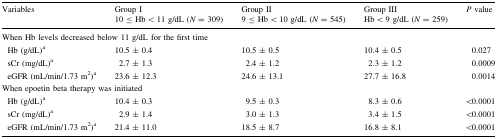
| <ROWSPAN=2> Variables | Group I | Group II | Group III | <ROWSPAN=2> P value |
 | 10 ≤ Hb < 11 g/dL (N = 309) | 9 ≤ Hb < 10 g/dL (N = 545) | Hb < 9 g/dL (N = 259) |
 | --- | --- | --- | --- | --- |
 | <COLSPAN=5> When Hb levels decreased below 11 g/dL for the first time |
 | Hb (g/dL)a | 10.5 ± 0.4 | 10.5 ± 0.5 | 10.4 ± 0.5 | 0.027 |
 | sCr (mg/dL)a | 2.7 ± 1.3 | 2.4 ± 1.2 | 2.3 ± 1.2 | 0.0009 |
 | eGFR (mL/min/1.73 m2)a | 23.6 ± 12.3 | 24.6 ± 13.1 | 27.7 ± 16.8 | 0.0014 |
 | <COLSPAN=5> When epoetin beta therapy was initiated |
 | Hb (g/dL)a | 10.4 ± 0.3 | 9.5 ± 0.3 | 8.3 ± 0.6 | <0.0001 |
 | sCr (mg/dL)a | 2.9 ± 1.4 | 3.0 ± 1.3 | 3.4 ± 1.5 | <0.0001 |
 | eGFR (mL/min/1.73 m2)a | 21.4 ± 11.0 | 18.5 ± 8.7 | 16.8 ± 8.1 | <0.0001 |